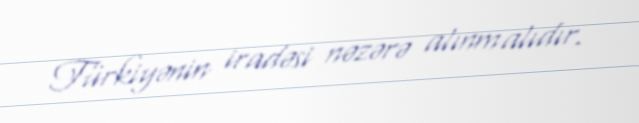
Türkiyənin iradəsi nəzərə alınmalıdır.